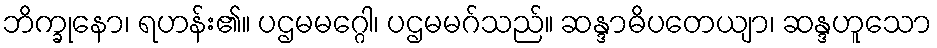
ဘိက္ခုနော၊ ရဟန်း၏။ ပဌမမဂ္ဂေါ၊ ပဌမမဂ်သည်။ ဆန္ဒာဓိပတေယျာ၊ ဆန္ဒဟူသော